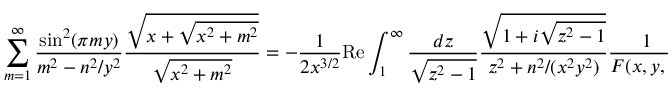
\sum _ { m = 1 } ^ { \infty } \frac { \sin ^ { 2 } ( \pi m y ) } { m ^ { 2 } - n ^ { 2 } / y ^ { 2 } } \frac { \sqrt { x + \sqrt { x ^ { 2 } + m ^ { 2 } } } } { \sqrt { x ^ { 2 } + m ^ { 2 } } } = - \frac { 1 } { 2 x ^ { 3 / 2 } } \mathrm { R e } \int _ { 1 } ^ { \infty } \frac { d z } { \sqrt { z ^ { 2 } - 1 } } \frac { \sqrt { 1 + i \sqrt { z ^ { 2 } - 1 } } } { z ^ { 2 } + n ^ { 2 } / ( x ^ { 2 } y ^ { 2 } ) } \frac { 1 } { F ( x , y , z ) }